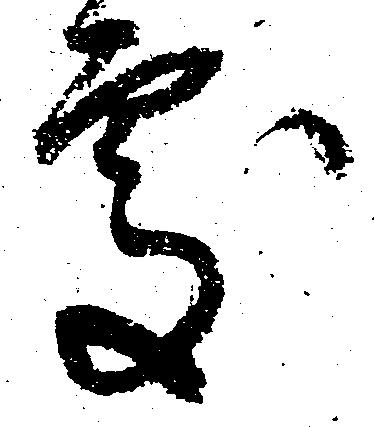
処